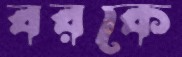
বরকে